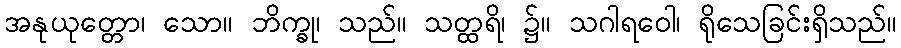
အနုယုတ္တော၊ သော။ ဘိက္ခု၊ သည်။ သတ္ထရိ၊ ၌။ သဂါရဝေါ၊ ရိုသေခြင်းရှိသည်။